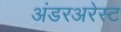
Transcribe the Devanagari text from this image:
अंडरअरेस्ट